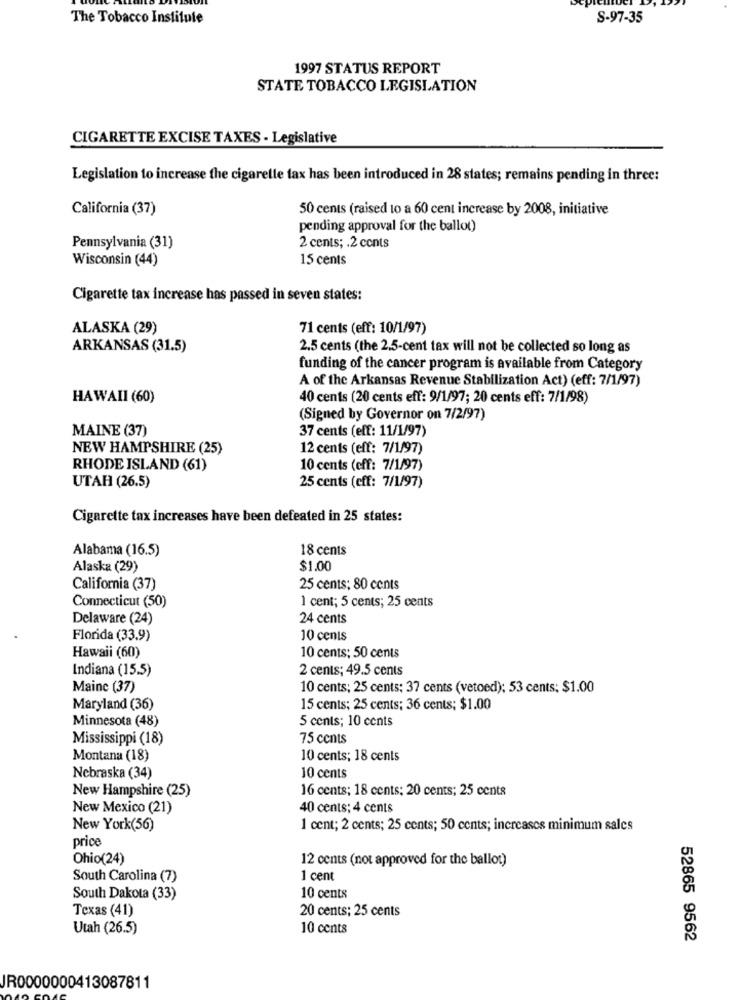
The Tobacco Institute
S-97-35
1997 STATUS REPORT
STATE TOBACCO LEGISLATION
CIGARETTE EXCISE TAXES - Legislative
Legislation to increase the cigarelle tax has been introduced in 28 states; remains pending in three:
California (37)
50 cents (raised to a 60 cent increase by 2008, initiative
pending approval for the ballot)
Pennsylvania (31)
2 cents; . 2 cents
Wisconsin (44)
15 cents
Cigarette tax increase has passed in seven states:
ALASKA (29)
71 cents (eff: 10/1/97)
ARKANSAS (31.5)
2.5 cents (the 2.5-cent tax will not be collected so long as
funding of the cancer program is available from Category
A of the Arkansas Revenue Stabilization Act) (eff: 7/1/97)
HAWAII (60)
40 cents (20 cents eff: 9/1/97; 20 cents eff: 7/1/98)
(Signed by Governor on 7/2/97)
MAINE (37)
37 cents (eff: 11/1/97)
NEW HAMPSHIRE (25)
12 cents (eff: 7/1/97)
RHODE ISLAND (61)
10 cents (eff: 7/1/97)
UTAH (26.5)
25 cents (eff: 7/1/97)
Cigarette tax increases have been defeated in 25 states:
Alabama (16.5)
18 cents
Alaska (29)
$1.00
California (37)
25 cents; 80 cents
1 cent; 5 cents; 25 cents
Connecticut (50)
Delaware (24)
24 cents
Florida (33.9)
10 cents
Hawaii (60)
10 cents: 50 cents
Indiana (15.5)
2 cents; 49.5 cents
Maine (37)
10 cents; 25 cents: 37 cents (vetoed); 53 cents: $1.00
Maryland (36)
15 cents; 25 cents; 36 cents; $1.00
Minnesota (48)
5 cents; 10 cents
Mississippi (18)
75 cents
Montana (18)
10 cents; 18 cents
Nebraska (34)
10 cents
New Hampshire (25)
16 cents; 18 cents; 20 cents; 25 cents
New Mexico (21)
40 cents; 4 cents
New York(56)
1 cent; 2 cents; 25 cents; 50 cents; increases minimum sales
price
Ohio(24)
12 cents (not approved for the ballot)
South Carolina (7)
1 cent
South Dakota (33)
10 cents
Texas (41)
20 cents; 25 cents
Utah (26.5)
10 cents
52865 9562
JR0000000413087811